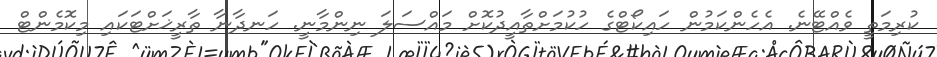
ކުރިމަތީ ވެއްޓޭނެ. އެހެންކަމުން ހައިކޯޓްގެ ހުކުމަށްތާއީދުކޮށް މައްސަލަ ނިންމާނީ. ހަނދާނާ ތާރީޚަށްޓަކައި މިކޮމެންޓް